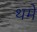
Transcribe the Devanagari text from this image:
थमे